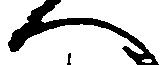
へ